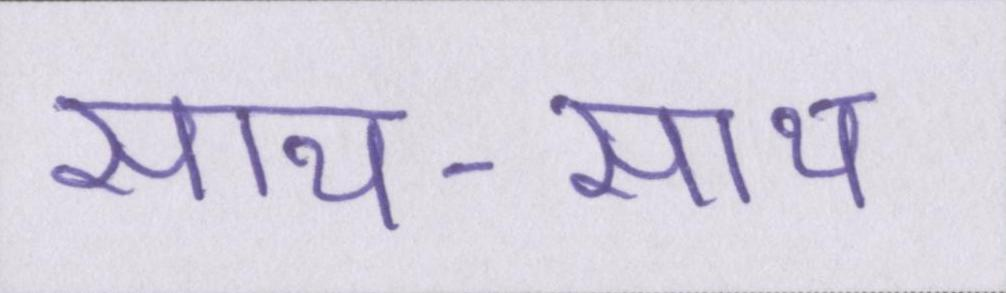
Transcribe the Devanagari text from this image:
साथ-साथ